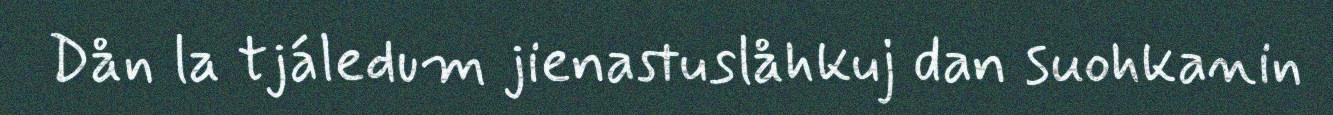
Dån la tjáledum jienastuslåhkuj dan suohkanin